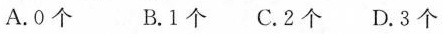
A.0个 B.1个 C.2个 D.3个